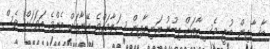
ބާސާއިން ބުނީ މެސިއާއަށް ލިބުނު އަނިޔާއިން ސަލާމަތްވެެ އޭނާއަށް އެންމެ އަވަހަށް ވެސް